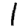
Digit: 1